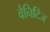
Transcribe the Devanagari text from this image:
वैनिटिज